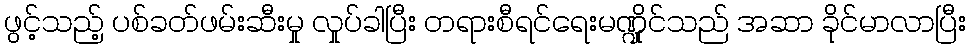
ဖွင့်သည့် ပစ်ခတ်ဖမ်းဆီးမှု လှုပ်ခါပြီး တရားစီရင်ရေးမဏ္ဍိုင်သည် အဆာ ခိုင်မာလာပြီး